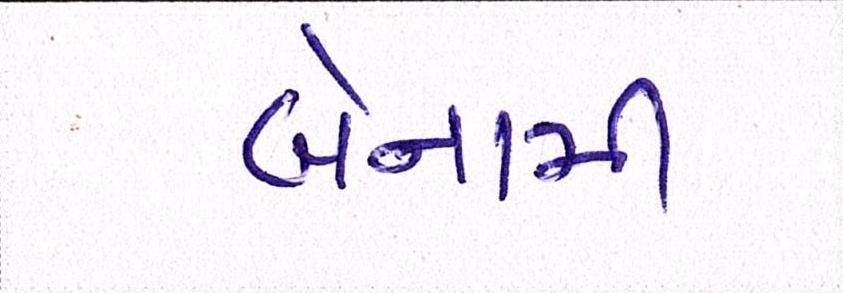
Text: બેનામી